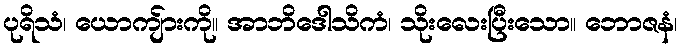
ပုရိသံ၊ ယောကျ်ားကို။ အာဘိဒေါသိကံ၊ သိုးလေးပြီးသော။ ဘောဇနံ၊